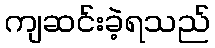
ကျဆင်းခဲ့ရသည်